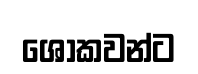
ශොකවන්ට